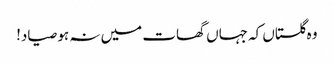
وہ گلستاں کہ جہاں گھات میں نہ ہو صیاد!